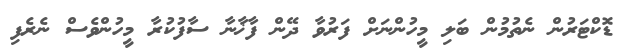
ޑޮކްޓަރުން ނެތުމުން ބަލި މީހުންނަށް ފަރުވާ ދޭން ފާޚާނާ ސާފުކުރާ މީހުންވެސް ނެރެފި